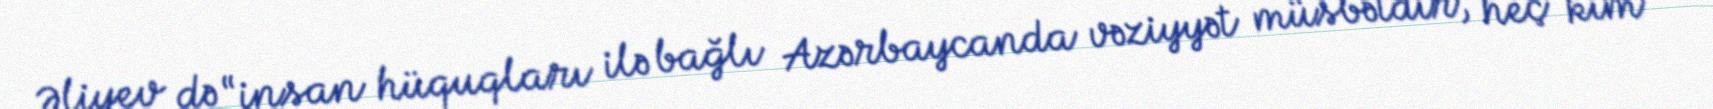
Əliyev də “insan hüquqları ilə bağlı Azərbaycanda vəziyyət müsbətdir, heç kim